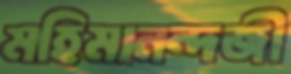
মহিমানন্দজী